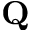
\mathbf { Q }